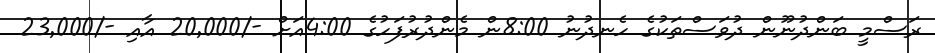
ރަސްމީ ބަންދުނޫން ދުވަސްތަކުގެ ހެނދުނު 8:00ން މެންދުރުފަހުގެ 4:00އަށް -/20